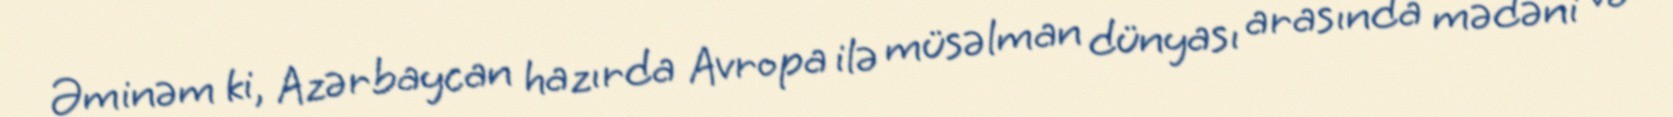
Əminəm ki, Azərbaycan hazırda Avropa ilə müsəlman dünyası arasında mədəni və